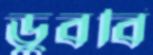
ডুববি